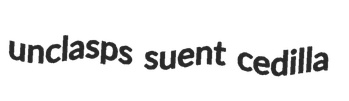
unclasps suent cedilla